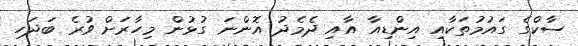
ސާކްގެ ގައުމުތަކާއި އިންޑިއާ އާއި ދެމެދު އޮންނަ ގުޅުން މިހާރަށް ވުރެ ބަދަހި